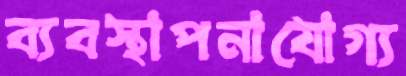
ব্যবস্থাপনাযোগ্য